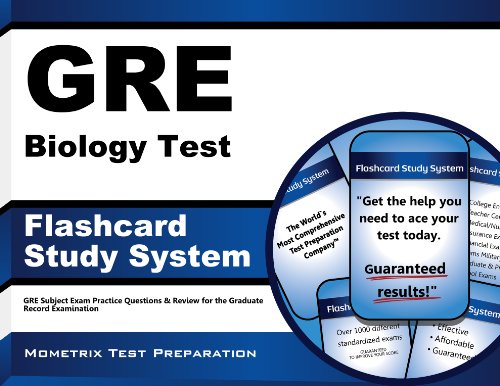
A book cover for GRE Biology Test Flashcard Study System: GRE Subject Exam Practice Questions & Review for the Graduate Record Examination (Cards); GRE Subject Exam Secrets Test Prep Team; Test Preparation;